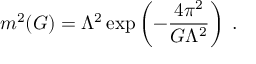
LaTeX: m ^ { 2 } ( G ) = \Lambda ^ { 2 } \exp \left( - \frac { 4 \pi ^ { 2 } } { G \Lambda ^ { 2 } } \right) \; .